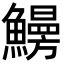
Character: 𩻠